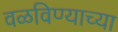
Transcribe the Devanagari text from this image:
वळविण्याच्या